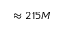
\approx 2 1 5 M